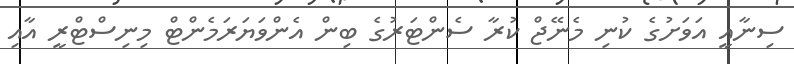
ސިނާއީ އަވަށުގެ ކުނި މެނޭޖް ކުރާ ސެންޓަރުގެ ބިން އެންވަޔަރަމެންޓް މިނިސްޓްރީ އާއި